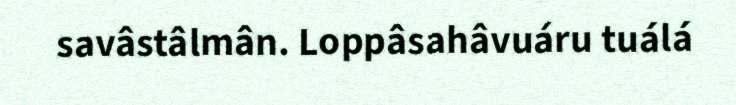
savâstâlmân. Loppâsahâvuáru tuálá